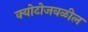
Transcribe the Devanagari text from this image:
क्योटोजवळील